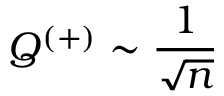
Q ^ { ( + ) } \sim \frac { 1 } { \sqrt { n } }